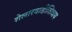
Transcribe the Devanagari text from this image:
शेलारवाडीशिवाय